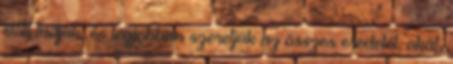
előtt tudjuk, és legjobban szeretjük az összes eredetét, okát,